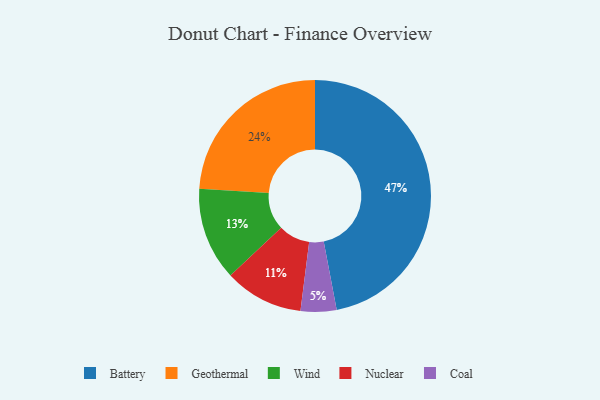
{"axis": {"x": "Category", "y": "Percentage"}, "legend": ["Battery", "Coal", "Geothermal", "Nuclear", "Wind"], "data": [{"x": "Wind", "y": 13, "type": "Wind"}, {"x": "Geothermal", "y": 24, "type": "Geothermal"}, {"x": "Nuclear", "y": 11, "type": "Nuclear"}, {"x": "Battery", "y": 47, "type": "Battery"}, {"x": "Coal", "y": 5, "type": "Coal"}]}